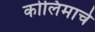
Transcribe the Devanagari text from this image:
कोलिमाचे